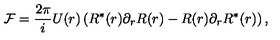
{ \cal F } = \frac { 2 \pi } { i } U ( r ) \left( R ^ { \ast } ( r ) \partial _ { r } R ( r ) - R ( r ) \partial _ { r } R ^ { \ast } ( r ) \right) ,